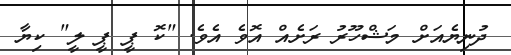
ދުނިޔެއަށް މަޝްހޫރު ރަށެއް އޮވެ އެވެ. "ކޮ ޕީ ޕީ ލީ" ކިޔާ